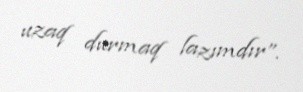
uzaq durmaq lazımdır”.